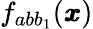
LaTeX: f_{ab{b}_{1}}({\pmb x})